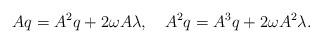
LaTeX: \begin{align*}Aq=A^2q+{2\omega}A\lambda, \quad A^2q=A^3q+{2\omega}A^2\lambda.\end{align*}